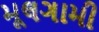
મૂલગામી